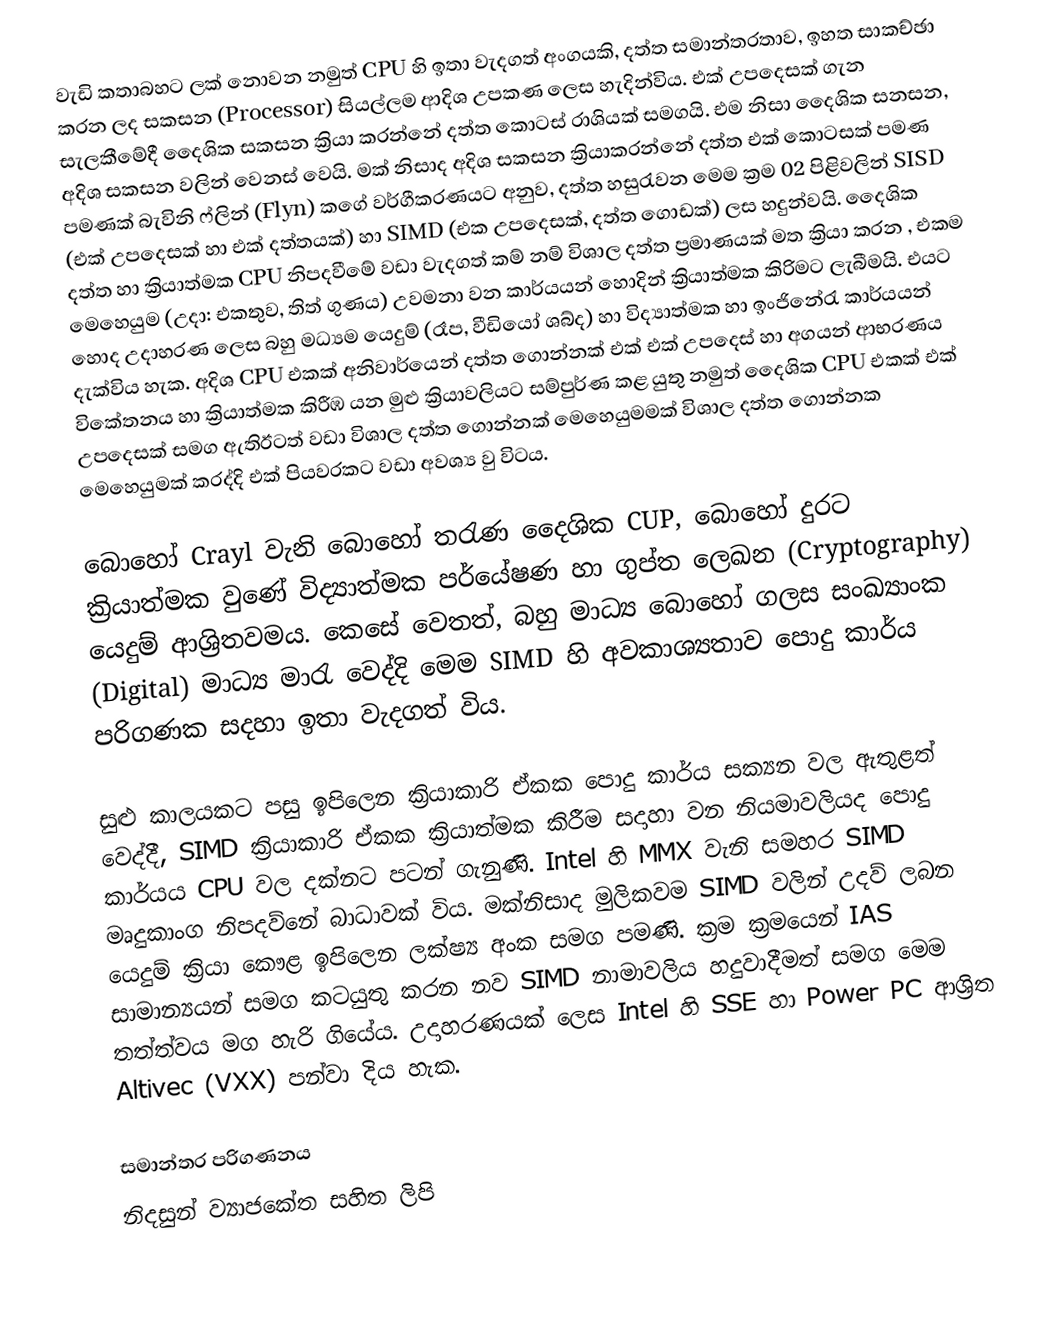
වැඩි කතාබහට ලක් නොවන නමුත් CPU හි ඉතා වැදගත් අංගයකි, දත්ත සමාන්තරතාව, ඉහත සාකච්ඡා කරන ලද සකසන (Processor) සියල්ලම ආදිශ උපකණ ලෙස හැදින්විය. එක් උපදෙසක් ගැන සැලකීමේදී දෛශික සකසන ක්‍රියා කරන්නේ දත්ත කොටස් රාශියක් සමගයි. එම නිසා දෛශික සනසන, අදිශ සකසන වලින් වෙනස් වෙයි. මක් නිසාද අදිශ සකසන ක්‍රියාකරන්නේ දත්ත එක් කොටසක් පමණ පමණක් බැවිනි ෆ්ලින් (Flyn) කගේ වර්ගීකරණයට අනුව, දත්ත හසුරැවන මෙම ක්‍රම 02 පිළිවලින් SISD (එක් උපදෙසක් හා එක් දත්තයක්) හා SIMD (එක උපදෙසක්, දත්ත ගොඩක්)  ලස හදුන්වයි. දෛශික දත්ත හා ක්‍රියාත්මක CPU නිපදවීමේ වඩා වැදගත් කම් නම් විශාල දත්ත ප්‍රමාණයක් මත ක්‍රියා කරන , එකම මෙහෙයුම (උදා: එකතුව, තිත් ගුණය) උවමනා වන කාර්යයන් හොදින් ක්‍රියාත්මක කිරිමට ලැබීමයි. එයට හොද උදාහරණ ලෙස බහු මධ්‍යම යෙදුම් (රෑප, වීඩියෝ ශබ්ද) හා විද්‍යාත්මක හා ඉංජිනේරැ කාර්යයන් දැක්විය හැක. අදිශ CPU එකක් අනිවාර්යෙන් දත්ත ගොන්නක් එක් එක් උපදෙස් හා අගයන් ආභරණය විකේතනය හා ක්‍රියාත්මක කිරීඹ යන මුළු ක්‍රියාවලියට සම්පුර්ණ කළ යුතු නමුත් දෛශික CPU එකක් එක් උපදෙසක් සමග ඇතිඊටත් වඩා විශාල දත්ත ගොන්නක් මෙහෙයුමමක් විශාල දත්ත ගොන්නක මෙහෙයුමක් කරද්දි එක් පියවරකට වඩා අවශ්‍ය වු විටය.

බොහෝ Crayl ‍වැනි බොහෝ තරැණ දෛශික CUP, බොහෝ දුරට ක්‍රියාත්මක වුණේ විද්‍යාත්මක පර්යේෂණ හා ගුප්ත ලෙඛන  (Cryptography) යෙදුම් ආශ්‍රිතවමය. කෙසේ වෙතත්, බහු මාධ්‍ය බොහෝ ගලස සංඛ්‍යාංක  (Digital) මාධ්‍ය මාරැ වෙද්දි මෙම SIMD හි අවකාශ්‍යතාව පොදු කාර්ය පරිගණක සදහා ඉතා වැදගත් විය.

සුළු කාලයකට පසු ඉපිලෙන ක්‍රියාකාරි ඒකක පොදු කාර්ය සක්‍යන වල ඇතුළත් වෙද්දී, SIMD ක්‍රියාකාරි ඒකක ක්‍රියාත්මක කිරීම සදාහා වන නියමාවලියද පොදු කාර්යය  CPU වල දක්නට පටන් ගැනුණි. Intel හි MMX වැනි සමහර  SIMD මෘදුකාංග නිපදව්නේ බාධාවක් විය. මක්නිසාද මුලිකවම  SIMD වලින් උදව් ලබන යෙදුම් ක්‍රියා ක‍ෞළ ඉපිලෙන ලක්ෂ්‍ය අංක සමග පමණි. ක්‍රම ක්‍රමයෙන් IAS  සාමාන්‍යයන් සමග කටයුතු කරන නව SIMD නාමාවලිය හදුවාදීමත් සමග මෙම තත්ත්වය මග හැරි ගියේය. උදාහරණයක් ලෙස Intel හි  SSE හා  Power PC ආශ්‍රිත Altivec (VXX) පන්වා දිය හැක.

සමාන්තර පරිගණනය
නිදසුන් ව්‍යාජකේත සහිත ලිපි